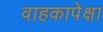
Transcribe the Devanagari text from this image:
वाहकापेक्षा